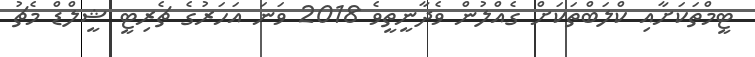
ޓީމްތަކަށާއި ކްލަބްތަކަށް ގެއްލުން ވެދާނީތީވެ 2018 ވަނަ އަހަރުގެ ޗެރިޓީ ޝީލްޑް މެޗު